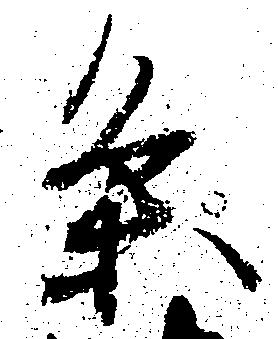
条